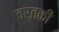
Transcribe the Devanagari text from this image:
वर्तकी